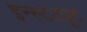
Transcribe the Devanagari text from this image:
इन्स्टट्यूट